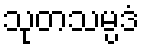
သုတသမ္ပဒံ